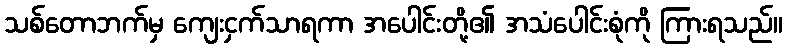
သစ်တောဘက်မှ ကျေးငှက်သာရကာ အပေါင်းတို့၏ အသံပေါင်းစုံကို ကြားရသည်။